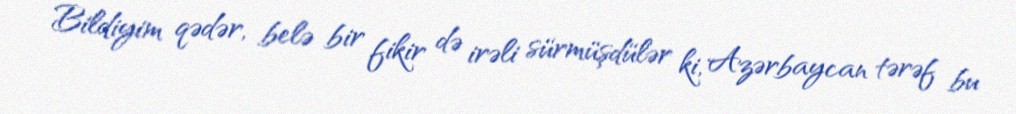
Bildiyim qədər, belə bir fikir də irəli sürmüşdülər ki, Azərbaycan tərəf bu